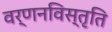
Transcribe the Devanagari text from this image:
वर्णनविस्तृति